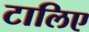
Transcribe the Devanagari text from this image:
टालिए